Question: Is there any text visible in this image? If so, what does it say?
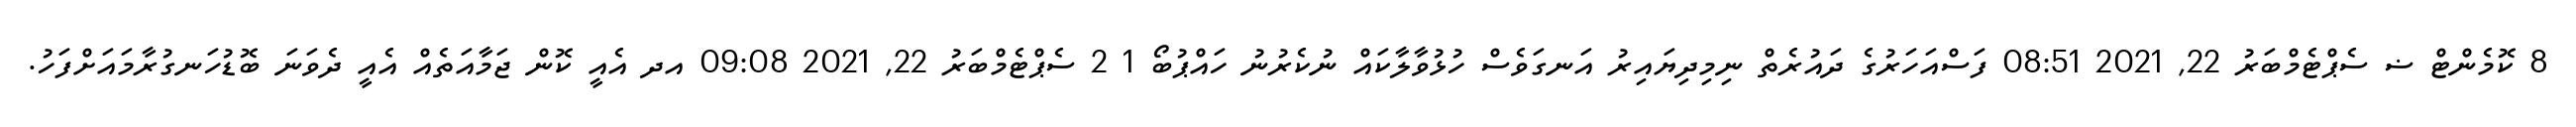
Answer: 8 ކޮމެންޓް ޟ ސެޕްޓެމްބަރު 22, 2021 08:51 ފަސްއަހަރުގެ ދައުރެތް ނިމިދިޔައިރު އަނގަވެސް ހުޅުވާލާކައް ނުކެރުނު ހައްޕުބޯ 1 2 ސެޕްޓެމްބަރު 22, 2021 09:08 އދ އެއީ ކޮން ޖަމާއަތެއް އެއީ ދެވަނަ ބޮޑުހަނގުރާމައަށްފަހު.